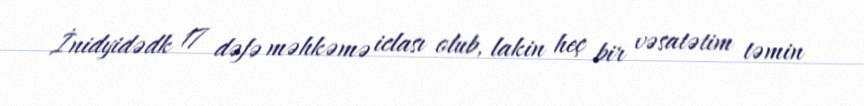
İnidyidədk 17 dəfə məhkəmə iclası olub, lakin heç bir vəsatətim təmin